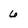
Character: 6